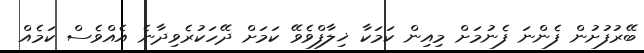
ބޭރުފުށުން ފެންނަ ފެނުމަަށް މިއިން ކަމަކާ ޚިލާފްވެވޭ ކަމަަށް ދޭހަކުރެވިދާނެ އެއްވެސް ކަމެއް